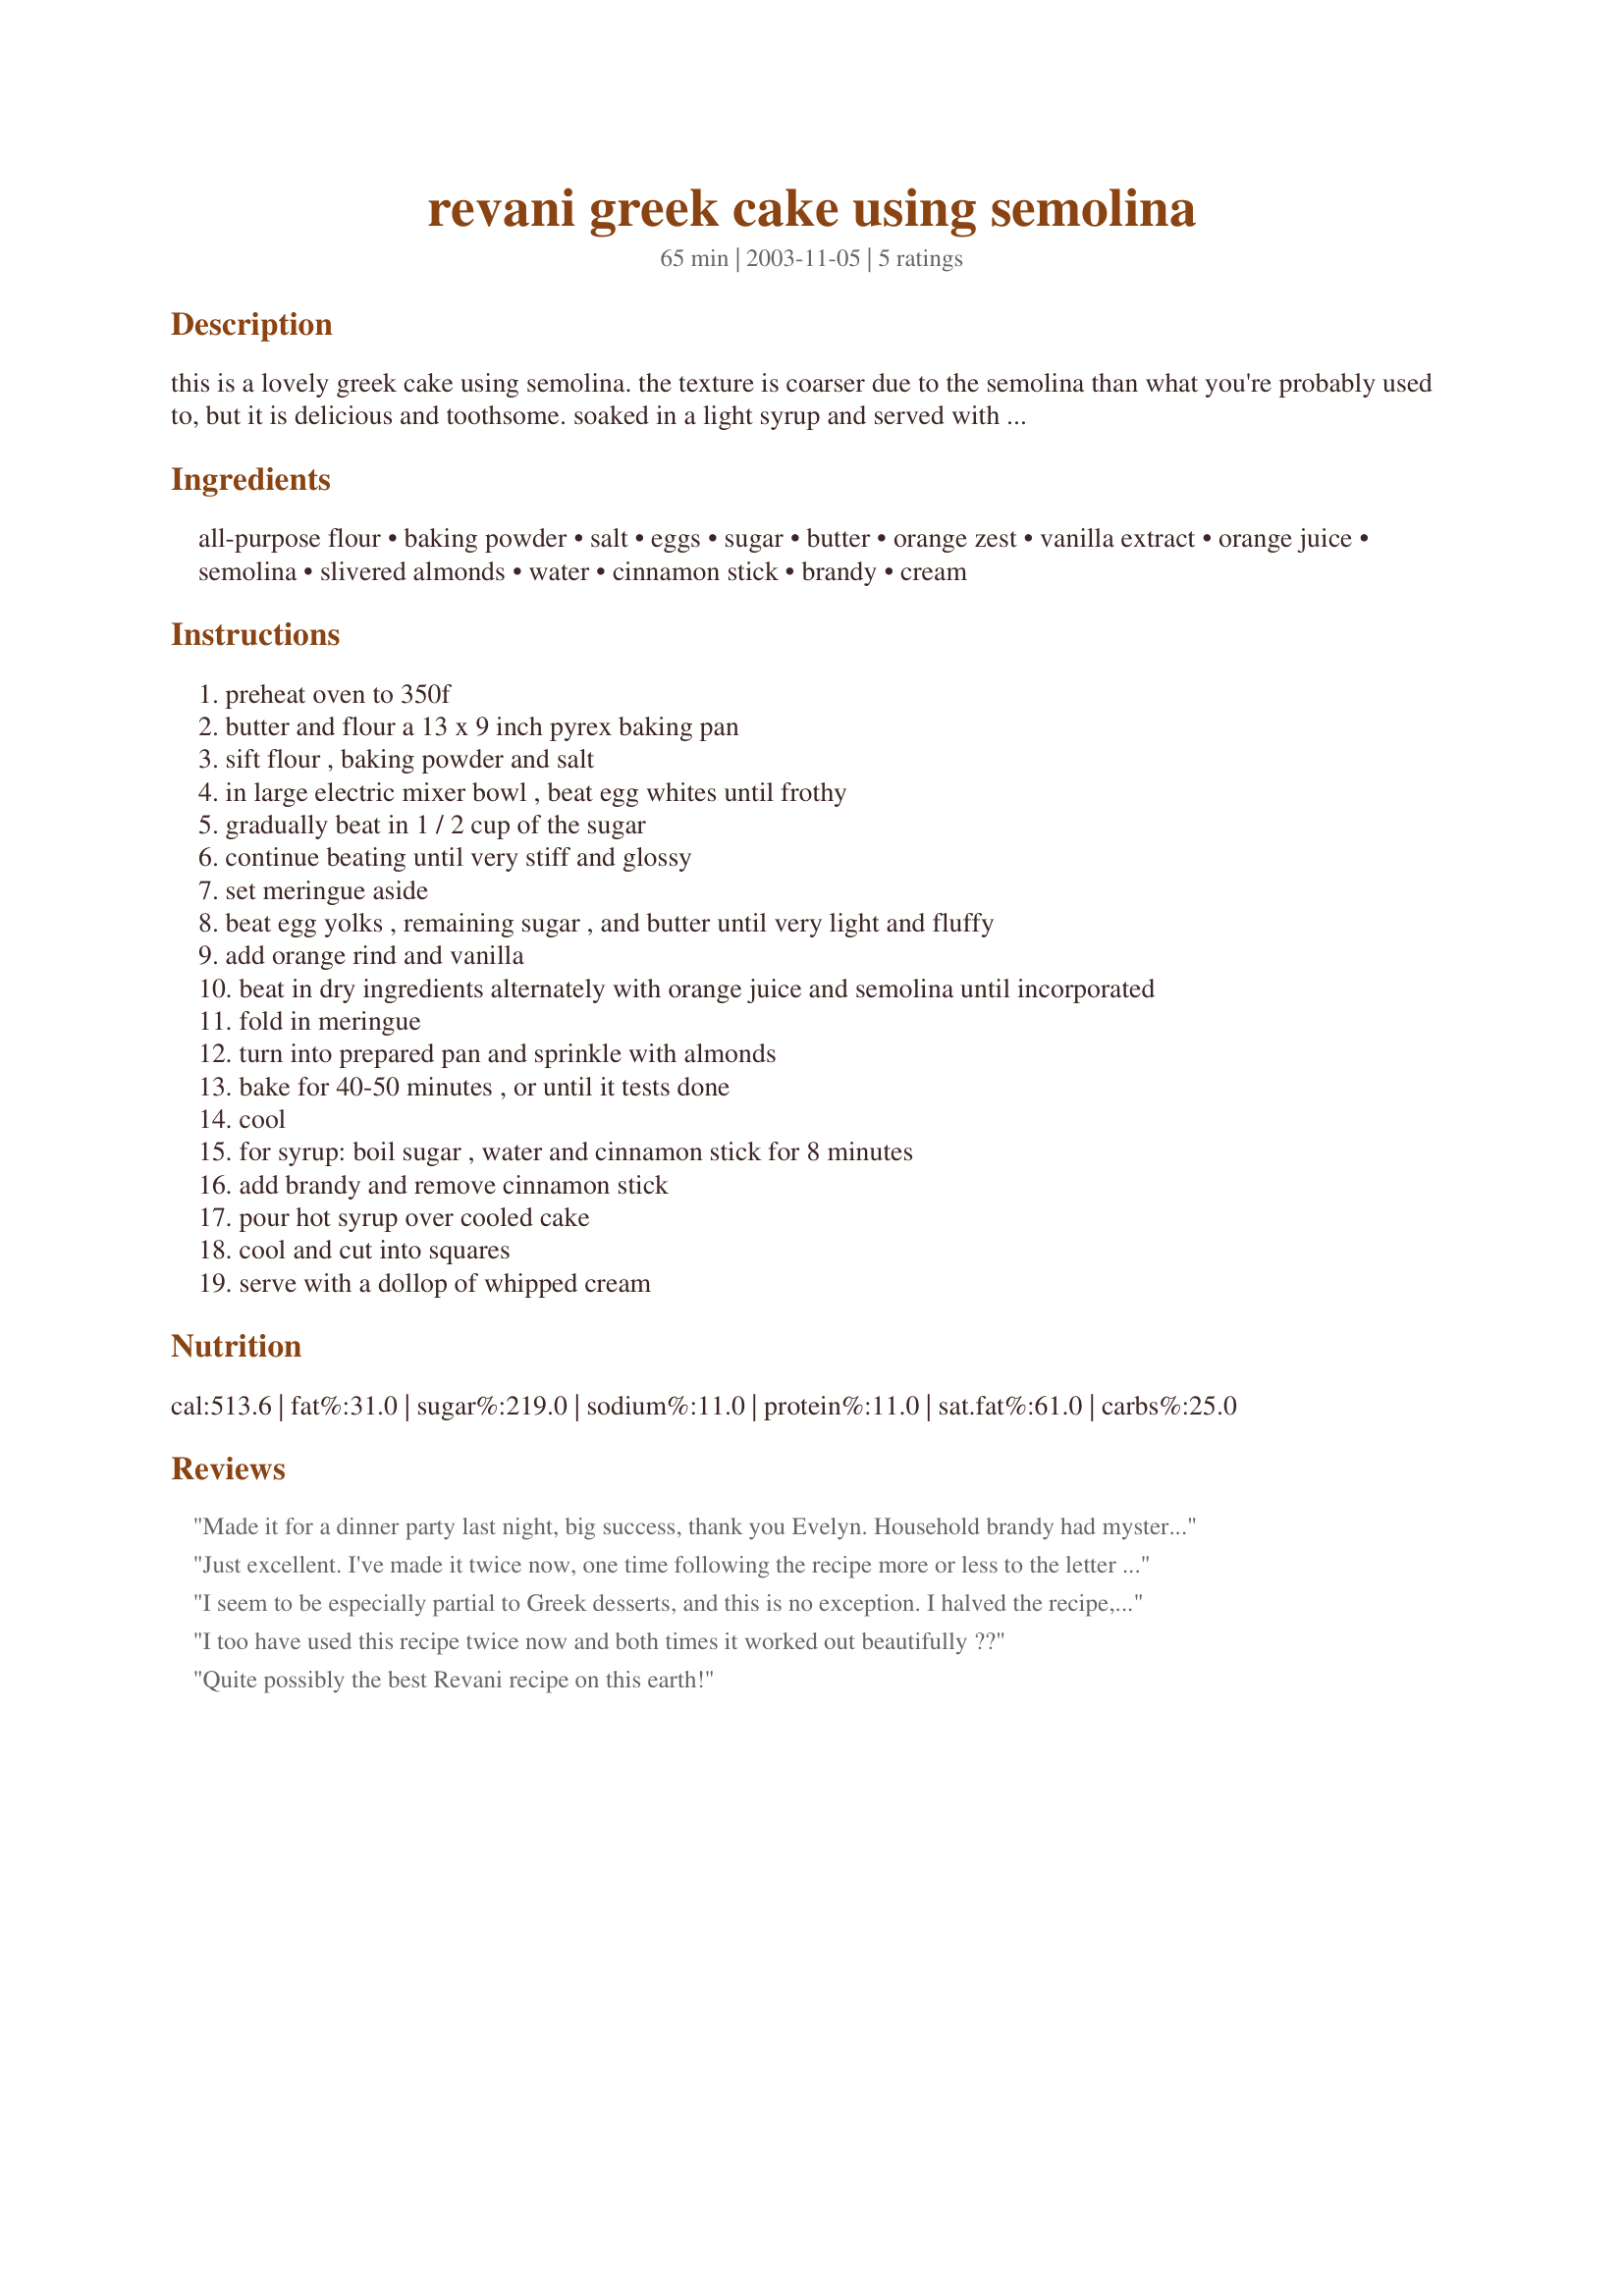
revani greek cake using semolina
Preparation time: 65 minutes

this is a lovely greek cake using semolina. the texture is coarser due to the semolina than what you're probably used to, but it is delicious and toothsome. soaked in a light syrup and served with some whipped cream on the side, it is a dessert worthy of any occasion.

Ingredients:
all-purpose flour, baking powder, salt, eggs, sugar, butter, orange zest, vanilla extract, orange juice, semolina, slivered almonds, water, cinnamon stick, brandy, cream

Steps:
preheat oven to 350f
butter and flour a 13 x 9 inch pyrex baking pan
sift flour , baking powder and salt
in large electric mixer bowl , beat egg whites until frothy
gradually beat in 1 / 2 cup of the sugar
continue beating until very stiff and glossy
set meringue aside
beat egg yolks , remaining sugar , and butter until very light and fluffy
add orange rind and vanilla
beat in dry ingredients alternately with orange juice and semolina until incorporated
fold in meringue
turn into prepared pan and sprinkle with almonds
bake for 40-50 minutes , or until it tests done
cool
for syrup: boil sugar , water and cinnamon stick for 8 minutes
add brandy and remove cinnamon stick
pour hot syrup over cooled cake
cool and cut into squares
serve with a dollop of whipped cream

Reviews:
Made it for a dinner party last night, big success, thank you Evelyn. Household brandy had mysteriously "disappeared", so I decided to subsitute honey, and it worked well. Texture is dense, due to the semolina. Flavour is terrific.
Just excellent. I've made it twice now, one time following the recipe more or less to the letter and it was great (even without the syrup). This time I varied it a bit, I left out the orange zest and vanilla out of necessity and added a bit of sugar (I used 1.5 times the amount in the recipe), almond syrup and a little honey, and it still came out great. It uses amazingly little egg compared to some other cake recipes, but it comes out fine and even a little less heavy (but still flavorful).
I seem to be especially partial to Greek desserts, and this is no exception. I halved the recipe, and baked in a glass 8x8 pan for 30 min. The cake turned out very light, spongy and moist. I didn't want it to become soggy or overly sweet so I only added half the syrup called for (1/4 of the recipe). It was perfect! As always I added some lemon zest, lemon juice and cinnamon stick to the syrup. Next time, I might try adding a touch of cinnamon powder to the cake batter and use half honey in the syrup (instead of sugar). To serve, I inverted a slice on the plate and topped with orange whipped cream (whip heavy cream with a touch of orange zest, orange juice and sugar) and some raw pistachios. Oh, and I'm at almost 5000ft but didn't have to make any changes to the amounts. Thanks for a wonderful recipe, Evelyn!
I too have used this recipe twice now and both times it worked out beautifully ??
Quite possibly the best Revani recipe on this earth!
